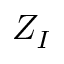
Z _ { I }